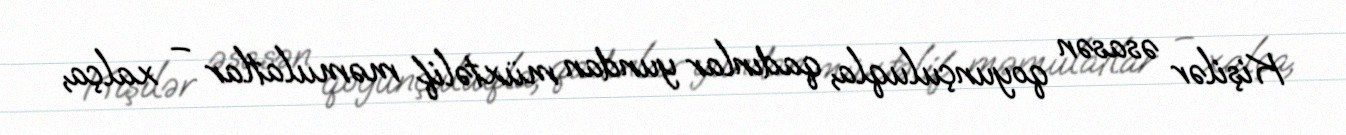
Kişilər əsasən qoyunçuluqla, qadınlar yundan müxtəlif məmulatlar – xalça,